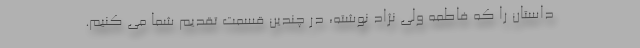
داستان را که فاطمه ولی نژاد نوشته، در چندین قسمت تقدیم شما می کنیم.